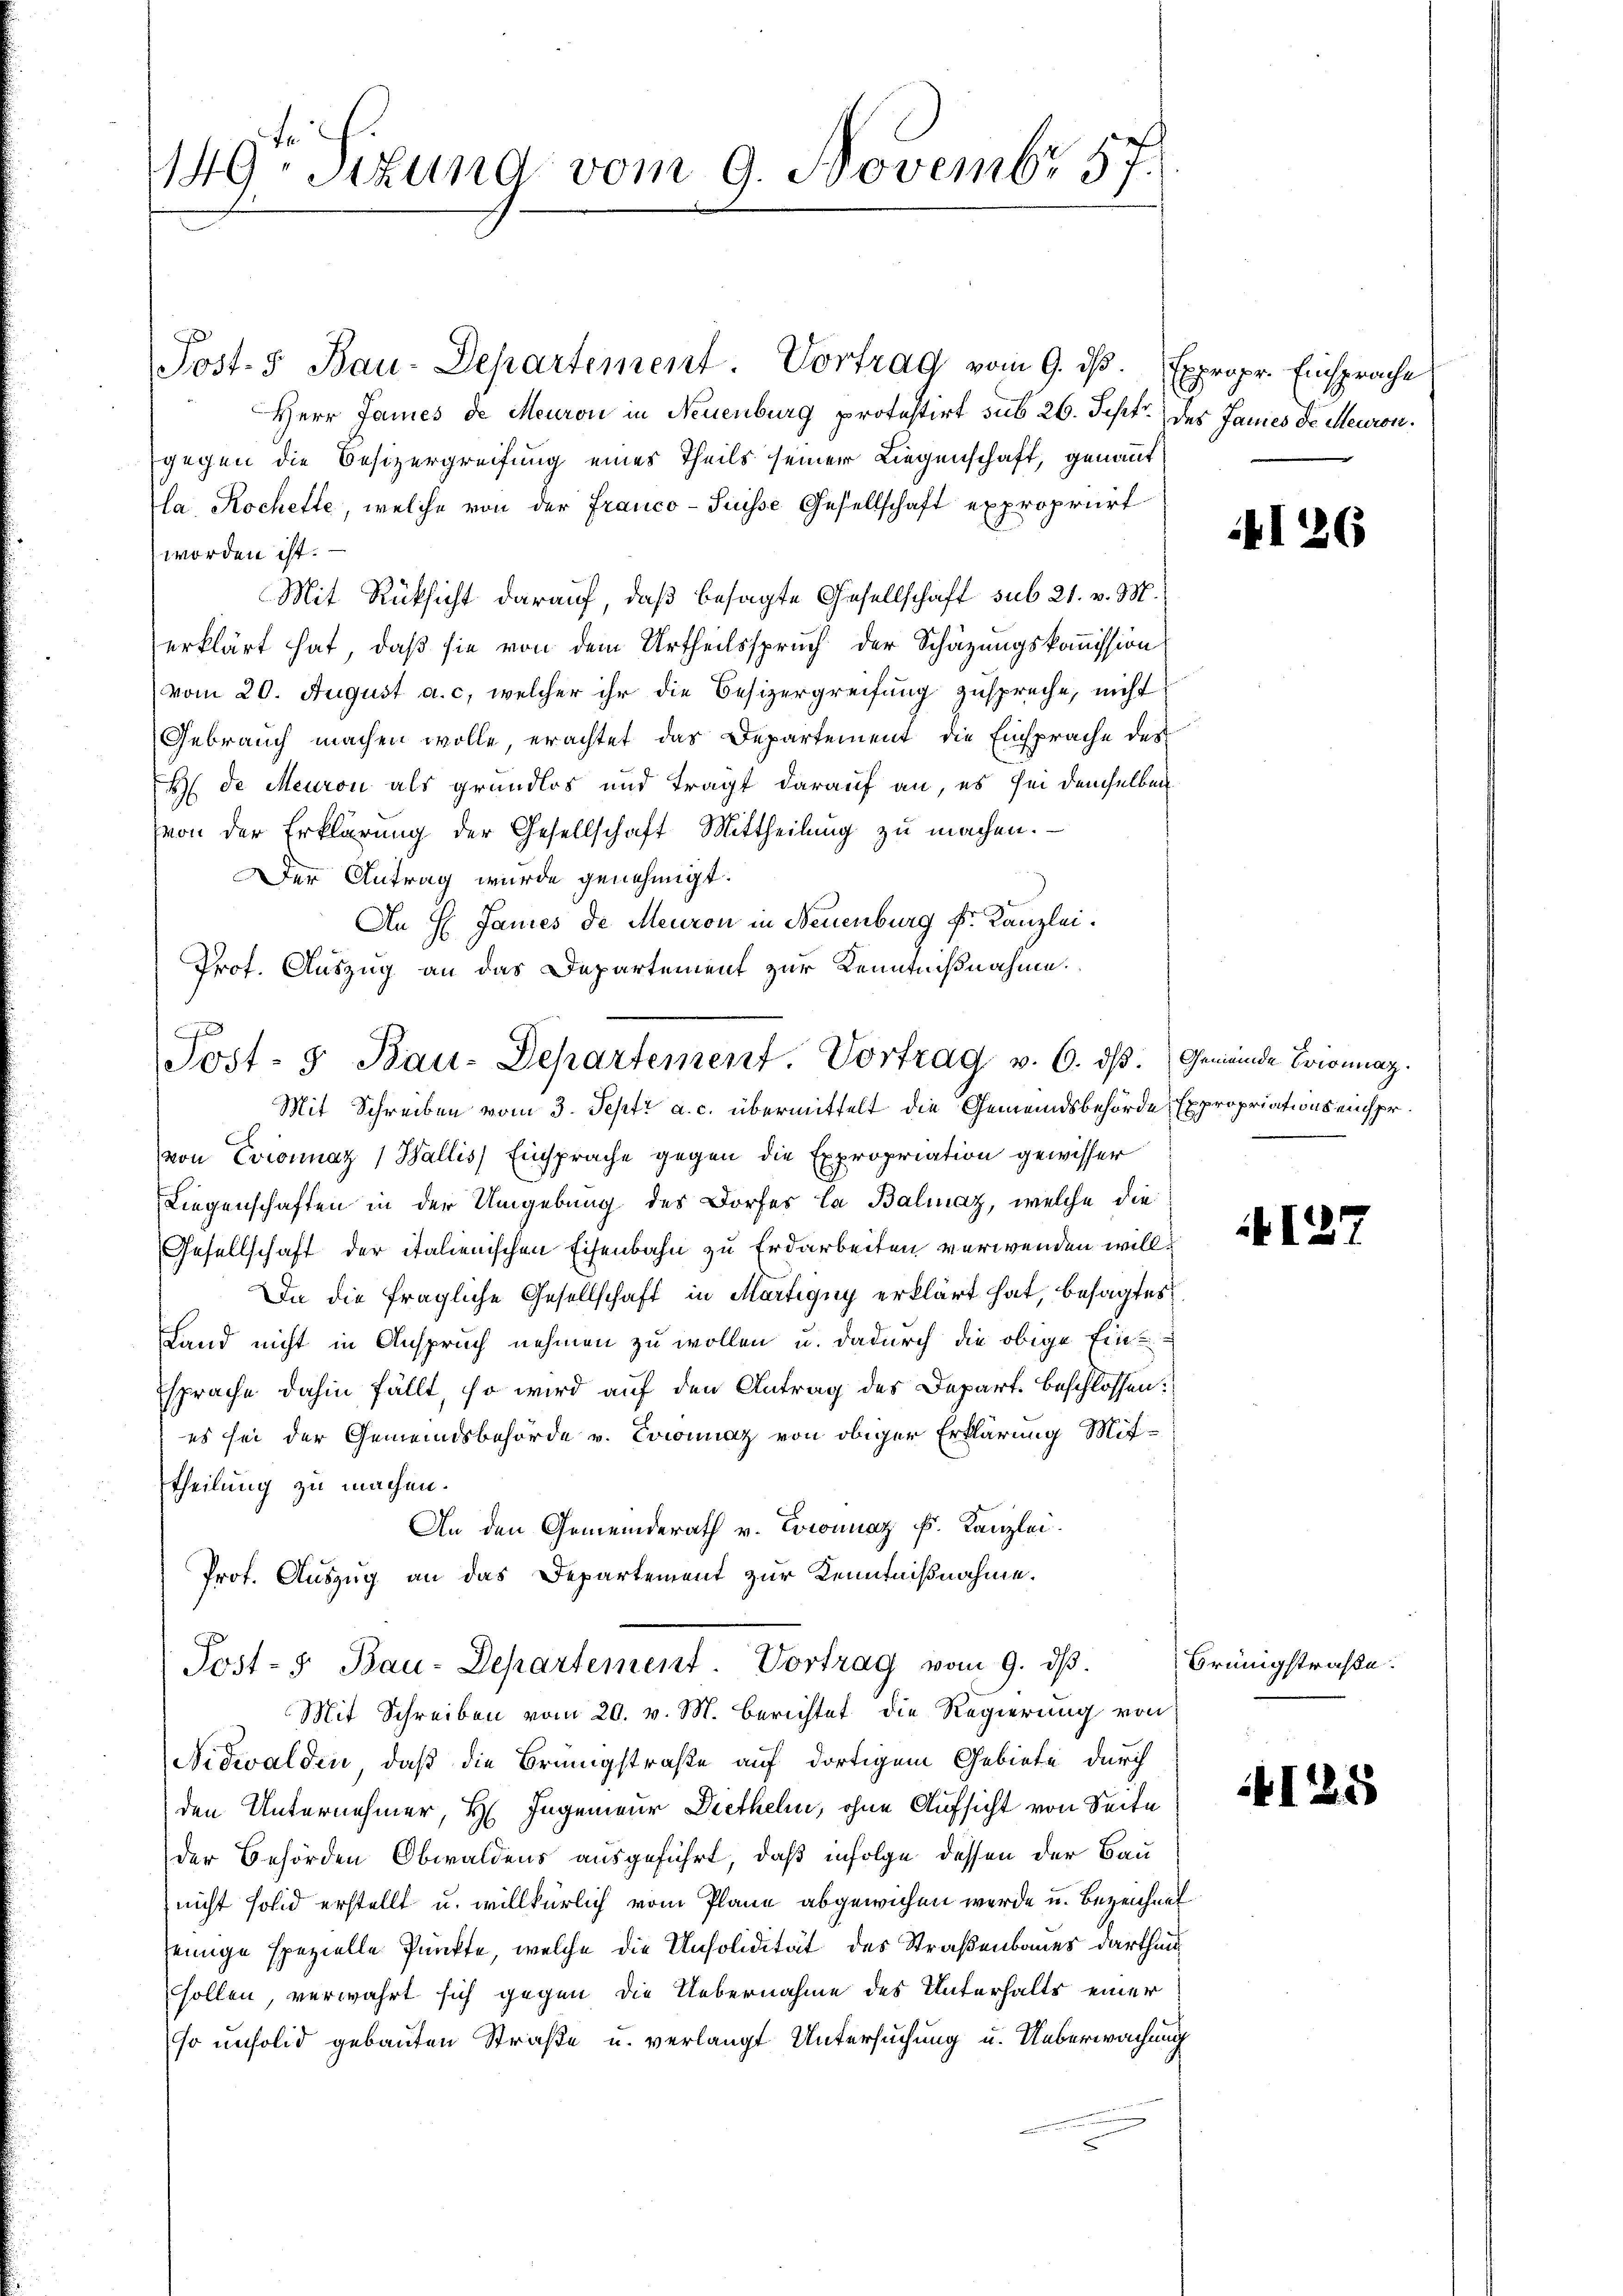
149. Pizuna vom 9. Novembr 57.

Herr James de Meuron in Neuenburg protestirt sub 26. Sept. des Janies de Meuron
gegen die Besizergreifung eines Theils seiner Liegenschaft, genannt
la Rochette, welche von der Franco- Puisse Gesellschaft expropriirt
worden ist. —
Mit Rüksicht darauf, daß besagte Gesellschaft sub 21. v. M.
erklärt hat, daß sie von dem Urtheilsspruch der Schätzungskommission
vom 20. August a. c., welcher ihr die Besizergreifung zuspreche, nicht
Gebrauch machen wolle, erachtet das Departement die Einsprache des
H de Meuron als grundlos und tragt darauf an, es sei demselben
von der Erklärung der Gesellschaft Mittheilung zu machen.
Der Antrag wurde genehmigt.
An H. Janies de Meuron in Neuenburg k. Kanzlei.
Prof. Auszug an das Departement zur Kenntnißnahme.
von Evionnaz (Wallis) Einsprache gegen die Expropriation gewisser
Liegenschaften in der Umgebung des Dorfes la Balmaz, welche die
Gesellschaft der italienischen Eisenbahn zu Erdarbeiten verwenden will¬
Da die fragliche Gesellschaft in Martigny erklärt hat, besagtes
Land nicht in Anspruch nehmen zu wollen u. dadurch die obige Ein-
sprache dahin fällt, so wird auf den Antrag des Depart. beschlossen:
es sei der Gemeindsbehörde v. Coconnaz von obiger Erklärung Mit-
theilung zu machen.
An den Gemeinderath v. Coconnaz F. Kanzlei.
Prot. Auszug an das Departement zur Kenntnißnahme.
Post-" Bau-Departement. Vortrag vom 9. dβ.
Mit Schreiben vom 20. v. M. berichtet die Regierung von
Nidwalden, daß die Brüngstraße auf dortigem Gebiete durch
den Unternehmer, H. Ingenieur Diethelm, ohne Aufsicht von Seite
der Behörden Obwaldens ausgeführt, daß infolge dessen der Bau
nicht solid erstellt u. willkürlich vom Plane abgewichen werde u. Bezeichnet
einige spezielle Punkte, welche die Unsolidität des Straßenbaues darthin
sollen, verwahrt sich gegen die Uebernahme des Unterhalts einer
so unsolid gebauten Straße u. verlangt Untersuchung u. Ueberwachung

Post.5 Bau-Departement. Vortrag vom 9. ds. Expropr. Einsprache

Post- u Bau-Departement. Vortrag v. 6. dβ. Gemeinde Trionnaz.
Mit Schreiben vom 3. Septr a. c. übermittelt die Gemeindsbehörde, Expropriations einspr

126

127

Brüngstraße.

4122